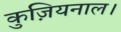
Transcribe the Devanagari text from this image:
कुज़ियनाल।